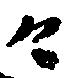
々